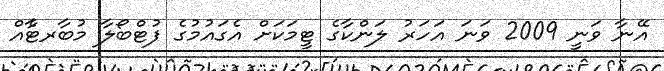
އޭނާ ވަނީ 2009 ވަނަ އަހަރު ލަންކާގެ ޓީމަކަށް އެގައުމުގެ ފުޓްބޯލާ މުބާރޓާެއް